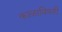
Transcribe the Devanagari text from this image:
काळाविषयी